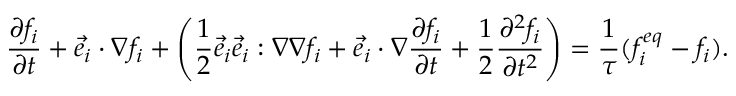
{ \frac { \partial f _ { i } } { \partial t } } + { \vec { e } } _ { i } \cdot \nabla f _ { i } + \left( { \frac { 1 } { 2 } } { \vec { e } } _ { i } { \vec { e } } _ { i } : \nabla \nabla f _ { i } + { \vec { e } } _ { i } \cdot \nabla { \frac { \partial f _ { i } } { \partial t } } + { \frac { 1 } { 2 } } { \frac { \partial ^ { 2 } f _ { i } } { \partial t ^ { 2 } } } \right) = { \frac { 1 } { \tau } } ( f _ { i } ^ { e q } - f _ { i } ) .